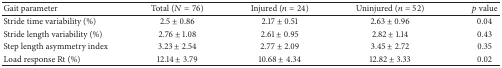
<table><thead><tr><td><b>Gait parameter</b></td><td><b>Total (<i>N</i> = 76)</b></td><td><b>Injured (<i>n</i> = 24)</b></td><td><b>Uninjured (<i>n</i> = 52)</b></td><td><b><i>p</i> value</b></td></tr></thead><tbody><tr><td>Stride time variability (%)</td><td>2.5 ± 0.86</td><td>2.17 ± 0.51</td><td>2.63 ± 0.96</td><td>0.04</td></tr><tr><td>Stride length variability (%)</td><td>2.76 ± 1.08</td><td>2.61 ± 0.95</td><td>2.82 ± 1.14</td><td>0.43</td></tr><tr><td>Step length asymmetry index</td><td>3.23 ± 2.54</td><td>2.77 ± 2.09</td><td>3.45 ± 2.72</td><td>0.35</td></tr><tr><td>Load response Rt (%)</td><td>12.14 ± 3.79</td><td>10.68 ± 4.34</td><td>12.82 ± 3.33</td><td>0.02</td></tr></tbody></table>